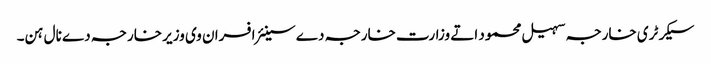
سیکرٹری خارجہ سہیل محمود اتے وزارت خارجہ دے سینئر افسران وی وزیر خارجہ دے نال ہن۔